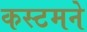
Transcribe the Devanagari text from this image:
कस्टमने